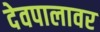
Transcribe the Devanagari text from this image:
देवपालावर